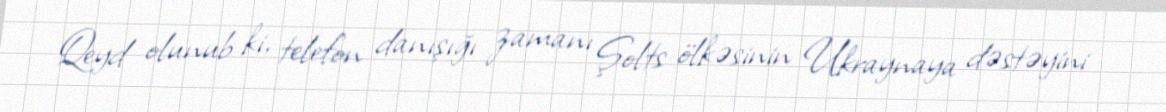
Qeyd olunub ki, telefon danışığı zamanı Şolts ölkəsinin Ukraynaya dəstəyini